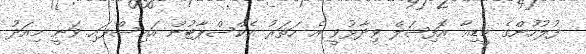
ފުލުހުންގެ މީޑިއާ އޮފިޝަލް ވިދާޅުވީ އެ ހަތަރު އެކްސްޕާޓުން އައިސްފައި ވަނީ މިއަދު